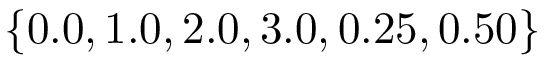
\{ 0 . 0 , 1 . 0 , 2 . 0 , 3 . 0 , 0 . 2 5 , 0 . 5 0 \}